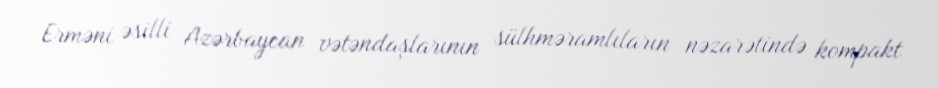
Erməni əsilli Azərbaycan vətəndaşlarının sülhməramlıların nəzarətində kompakt